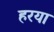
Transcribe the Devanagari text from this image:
हरया